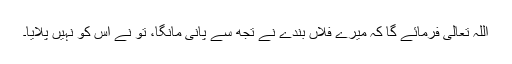
اللہ تعالیٰ فرمائے گا کہ میرے فلاں بندے نے تجھ سے پانی مانگا، تو نے اس کو نہیں پلایا۔